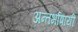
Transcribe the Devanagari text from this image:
अन्तर्भाषायी